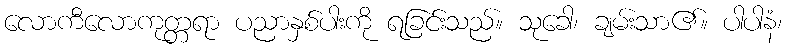
လောကီလောကုတ္တရာ ပညာနှစ်ပါးကို ရခြင်းသည်။ သုခေါ၊ ချမ်းသာ၏။ ပါပါနံ၊